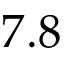
7 . 8